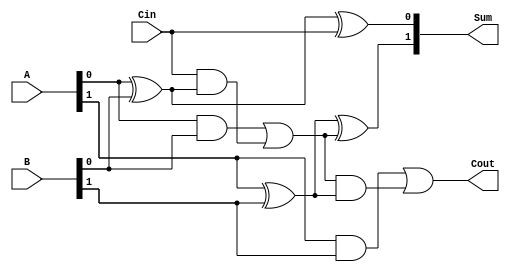
module binary_adder (
    input wire [1:0] A,     // 2-bit input A
    input wire [1:0] B,     // 2-bit input B
    input wire Cin,         // Carry input
    output wire [1:0] Sum,  // 2-bit output Sum
    output wire Cout        // Carry output
);

    // Intermediate signals for the logic
    wire A0, A1, B0, B1;
    wire S0, S1, C1;

    // Assigning inputs to internal wires
    assign A0 = A[0];
    assign A1 = A[1];
    assign B0 = B[0];
    assign B1 = B[1];

    // Sum and carry logic using simplified expressions
    assign S0 = A0 ^ B0 ^ Cin; // Sum bit 0
    assign C1 = (A0 & B0) | (Cin & (A0 ^ B0)); // Carry from bit 0 to bit 1
    assign S1 = A1 ^ B1 ^ C1; // Sum bit 1
    assign Cout = (A1 & B1) | (C1 & (A1 ^ B1)); // Final carry out

    // Final output assignments
    assign Sum = {S1, S0}; // Concatenate sum bits
    // Cout is already assigned above

endmodule